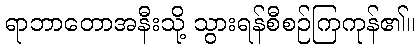
ရာဘာတောအနီးသို့ သွားရန်စီစဉ်ကြကုန်၏။